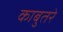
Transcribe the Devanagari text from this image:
काबुतरे